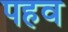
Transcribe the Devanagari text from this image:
पहव